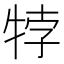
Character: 㹀